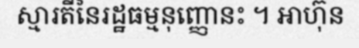
ស្មារតីនៃរដ្ឋធម្មនុញ្ញោនះ ។ អាហ៊ុន